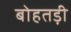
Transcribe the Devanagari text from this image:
बोहतड़ी